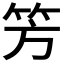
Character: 𥫳